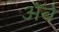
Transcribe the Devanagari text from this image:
ॲबे